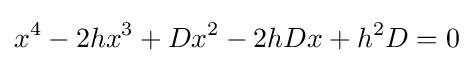
x^{4}-2hx^{3}+Dx^{2}-2hDx+h^{2}D=0